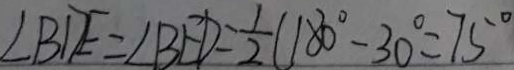
\angle B D E = \angle B E D = \frac { 1 } { 2 } ( 1 8 0 ^ { \circ } - 3 0 ^ { \circ } = 7 5 ^ { \circ }